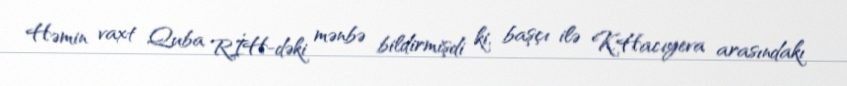
Həmin vaxt Quba RİH-dəki mənbə bildirmişdi ki, başçı ilə K.Hacıyeva arasındakı